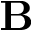
\mathbf { B }